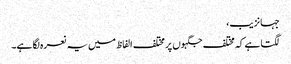
جہانزیب،
لگتا ہے کہ مختلف جگہوں پر مختلف الفاظ میں یہ نعرہ لگا ہے۔